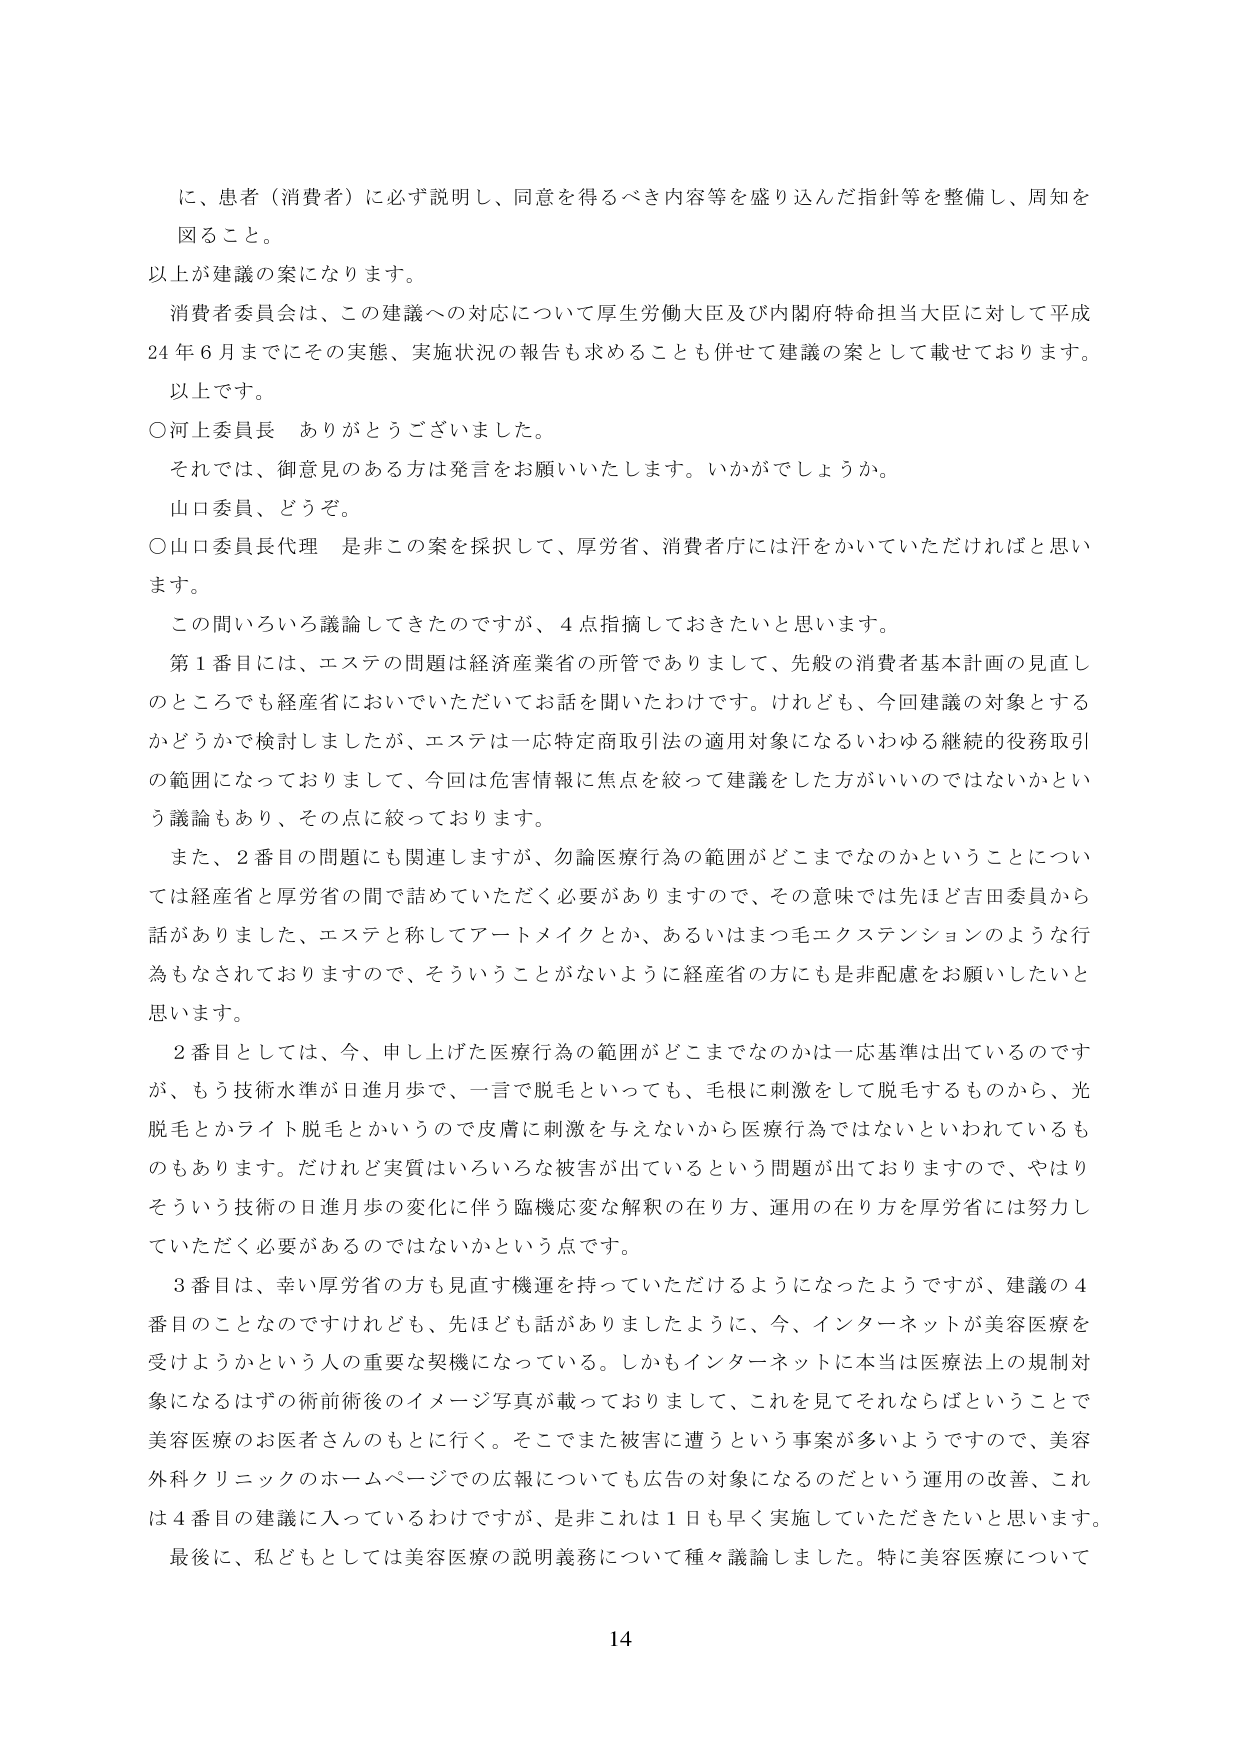
に、患者（消費者）に必ず説明し、同意を得るべき内容等を盛り込んだ指針等を整備し、周知を図ること。

以上が建議の案になります。

消費者委員会は、この建議への対応について厚生労働大臣及び内閣府特命担当大臣に対して平成24年6月までにその実態、実施状況の報告も求めることも併せて建議の案として載せております。

以上です。

○河上委員長　ありがとうございました。

それでは、御意見のある方は発言をお願いいたします。いかがでしょうか。

山口委員、どうぞ。

○山口委員長代理　是非この案を採択して、厚労省、消費者庁には汗をかいていただければと思います。

この問いろいろ議論してきたのですが、4点指摘しておきたいと思います。

第1番目には、エステの問題は経済産業省の所管でありまして、先般の消費者基本計画の見直しのところでも経産省においていただいてお話を聞いたわけです。けれども、今回建議の対象とするかどうかで検討しましたが、エステは一応特定商取引法の適用対象になるいわゆる継続的役務取引の範囲になっておりまして、今回は危害情報に焦点を絞って建議をした方がいいのではないかという議論もあり、その点に絞っております。

また、2番目の問題にも関連しますが、勿論医療行為の範囲がどこまでなのかということについては経産省と厚労省の間で詰めていただく必要がありますので、その意味では先ほど吉田委員から話がありました、エステと称してアートメイクとか、あるいはまつ毛エクステンションのような行為もなされておりますので、そういうことがないように経産省の方にも是非配慮をお願いしたいと思います。

2番目としては、今、申し上げた医療行為の範囲がどこまでなのかは一応基準は出ているのですが、もう技術水準が日進月歩で、一言で脱毛といっても、毛根に刺激をして脱毛するものから、光脱毛とかライト脱毛とかいうので皮膚に刺激を与えないから医療行為ではないといわれているものもあります。だけれど実質はいろいろな被害が出ているという問題が出ておりますので、やはりそういう技術の日進月歩の変化に伴う臨機応変な解釈の在り方、運用の在り方を厚労省には努力していただく必要があるのではないかという点です。

3番目は、幸い厚労省の方も見直す機運を持っていただけるようになったようですが、建議の4番目のことなのですが、先ほども話がありましたように、今、インターネットが美容医療を受けようかという人の重要な契機になっている。しかもインターネットに本当は医療法上の規制対象になるはずの術前術後のイメージ写真が載っておりまして、これを見てそれならばということで美容医療のお医者さんのもとに行く。そこでまた被害に遭うという事案が多いようですので、美容外科クリニックのホームページでの広報についても広告の対象になるのだという運用の改善、これは4番目の建議に入っているわけですが、是非これは1日も早く実施していただきたいと思います。

最後に、私どもとしては美容医療の説明義務について種々議論しました。特に美容医療について

14